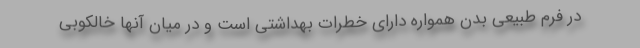
در فرم طبیعی بدن همواره دارای خطرات بهداشتی است و در میان آنها خالکوبی